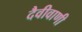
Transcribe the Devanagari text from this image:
दैवीवाणी